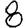
Digit: 8